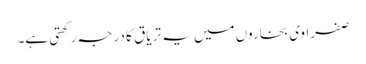
صفراوی بخاروں میں یہ تریاق کا درجہ رکھتی ہے۔